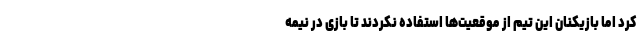
کرد اما بازیکنان این تیم از موقعیت‌ها استفاده نکردند تا بازی در نیمه